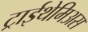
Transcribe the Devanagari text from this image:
ट्राईथेमिअस